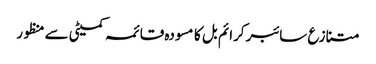
متنازع سائبر کرائم بل کا مسودہ قائمہ کمیٹی سے منظور